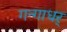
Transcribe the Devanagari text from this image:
गन्गाधर्